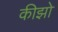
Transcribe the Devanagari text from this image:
कीझो